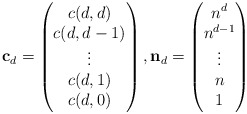
\begin{align*}\mathbf{c}_d =\begin{pmatrix}c(d,d)\\c(d,d-1)\\ \vdots \\ c(d,1) \\ c(d,0)\end{pmatrix},\mathbf{n}_d =\begin{pmatrix}n^d \\ n^{d-1} \\ \vdots \\ n \\ 1\end{pmatrix}\end{align*}